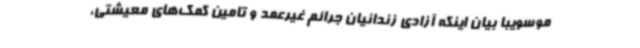
موسویبا بیان اینکه آزادی زندانیان جرائم غیرعمد و تامین کمک‌های معیشتی،